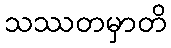
သဿတမှာတိ